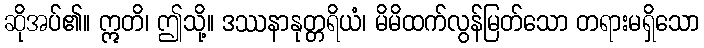
ဆိုအပ်၏။ ဣတိ၊ ဤသို့။ ဒဿနာနုတ္တရိယံ၊ မိမိထက်လွန်မြတ်သော တရားမရှိသော